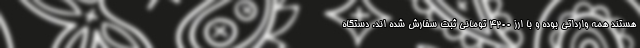
هستند همه وارداتی بوده و با ارز ۴۲۰۰ تومانی ثبت سفارش شده اند. دستگاه